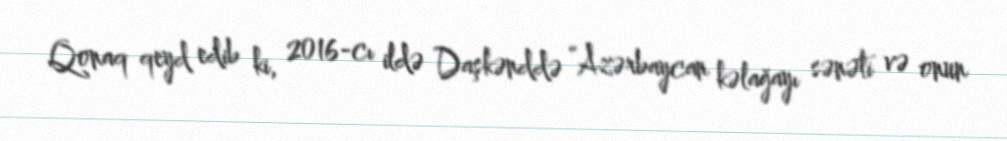
Qonaq qeyd edib ki, 2016-cı ildə Daşkənddə “Azərbaycan kəlağayı sənəti və onun